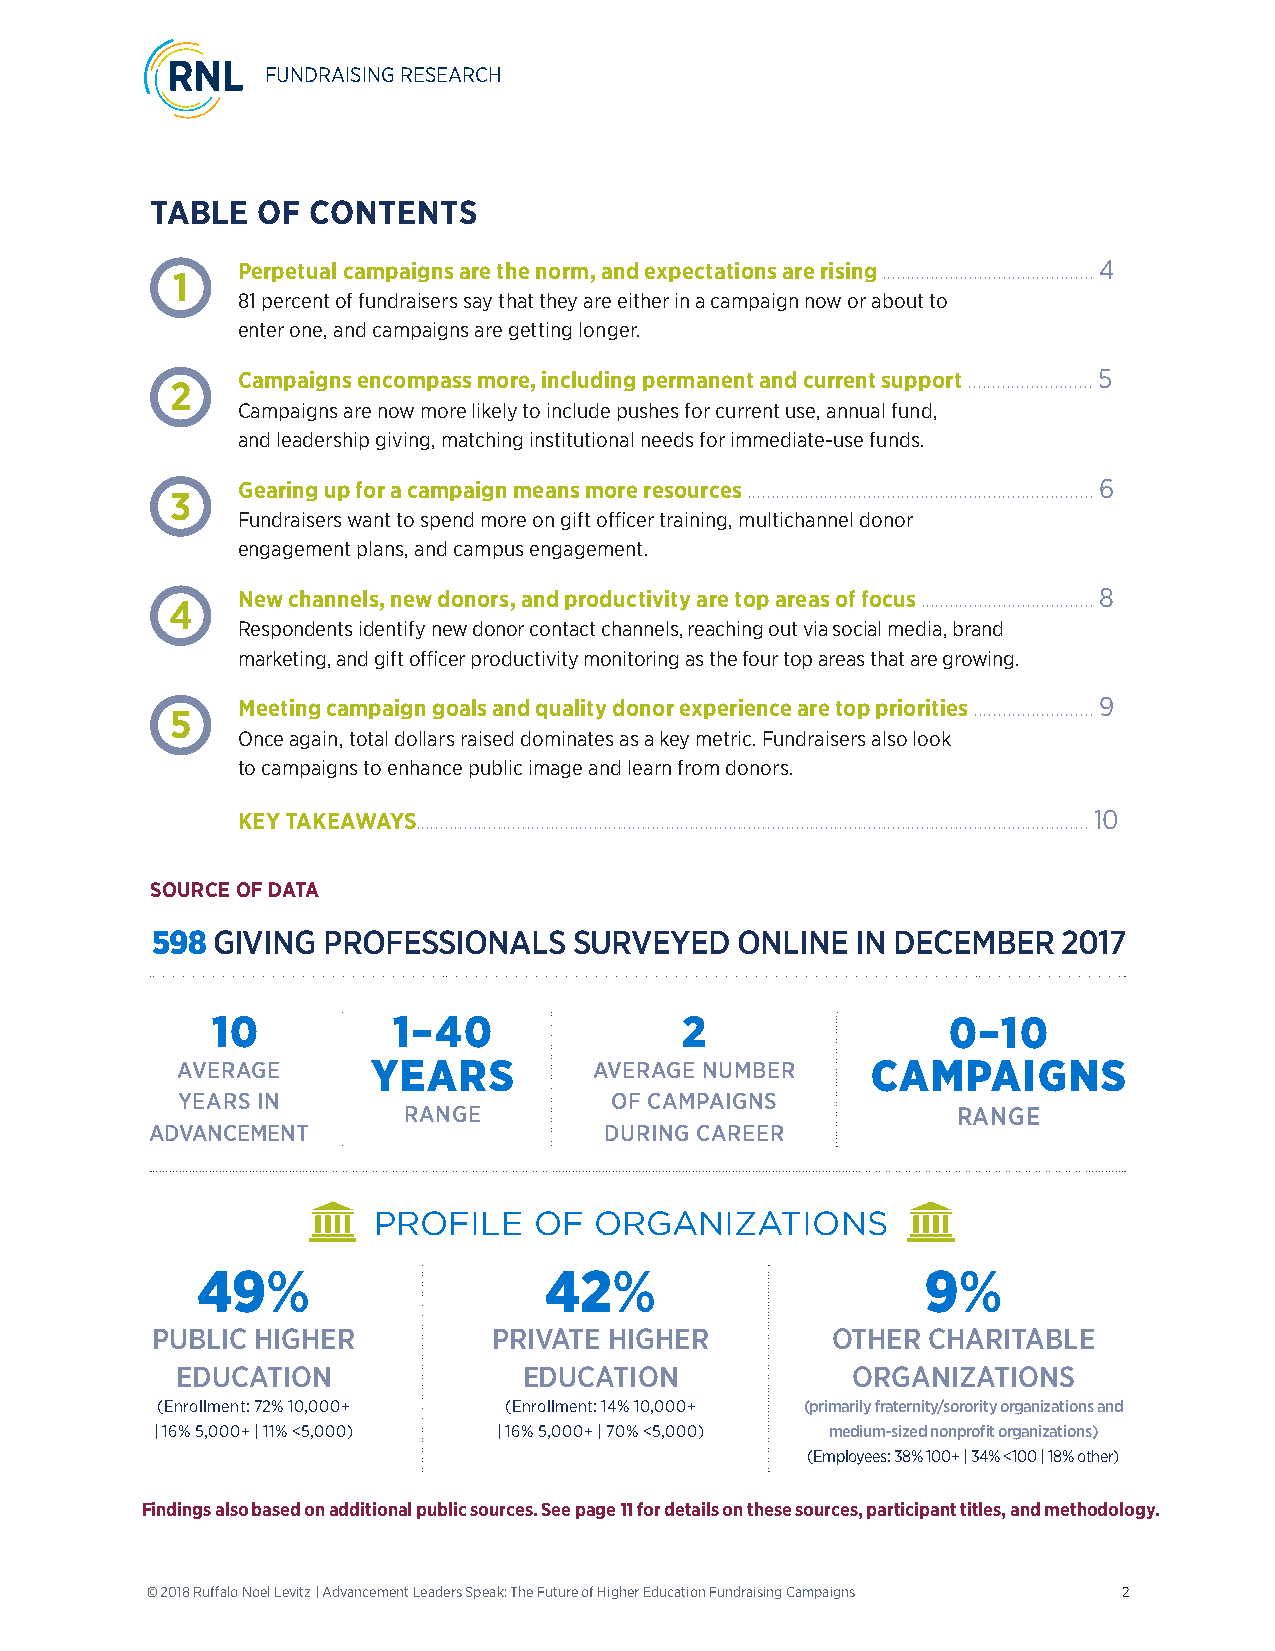
FUNDRAISING RESEARCH
 TABLE  OF CONTENTS
 Perpetual campaigns are the norm, and expectations are rising ............................................ 4
 1
 81 percent of fundraisers say that they are either in a campaign now or about to
 enter one, and campaigns are getting longer.
 Campaigns encompass more, including permanent and current support .......................... 5
 2
 Campaigns are now more likely to include pushes for current use, annual fund,
 and leadership giving, matching institutional needs for immediate-use funds.
 Gearing up for a campaign means more resources ........................................................................ 6
 3
 Fundraisers want to spend more on gift officer training, multichannel donor
 engagement plans, and campus engagement.
 New channels, new donors, and productivity are top areas of focus .................................... 8
 4
 Respondents identify new donor contact channels, reaching out via social media, brand
 marketing, and gift officer productivity monitoring as the four top areas that are growing.
 Meeting campaign goals and quality donor experience are top priorities ......................... 9
 5
 Once again, total dollars raised dominates as a key metric. Fundraisers also look
 to campaigns to enhance public image and learn from donors.
 KEY TAKEAWAYS............................................................................................................................................ 10
 SOURCE OF DATA
 598 GIVING PROFESSIONALS    SURVEYED   ONLINE  IN DECEMBER  2017
 10          1–40               2                 0–10
 AVERAGE      YEARS         AVERAGE NUMBER     CAMPAIGNS
 YEARS IN                    OF CAMPAIGNS
 RANGE                               RANGE
 ADVANCEMENT                   DURING CAREER
 PROFILE   OF  ORGANIZATIONS
 49%                    42%                      9%
 PUBLIC HIGHER          PRIVATE HIGHER        OTHER CHARITABLE
 EDUCATION              EDUCATION            ORGANIZATIONS
 (Enrollment: 72% 10,000+ (Enrollment: 14% 10,000+ (primarily fraternity/sorority organizations and
 | 16% 5,000+ | 11% <5,000) | 16% 5,000+ | 70% <5,000) medium-sized nonprofit organizations)
 (Employees: 38% 100+ | 34% <100 | 18% other)
 Findings also based on additional public sources. See page 11 for details on these sources, participant titles, and methodology.
 © 2018 Ruffalo Noel Levitz | Advancement Leaders Speak: The Future of Higher Education Fundraising Campaigns 2